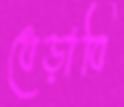
ধেড়াবি